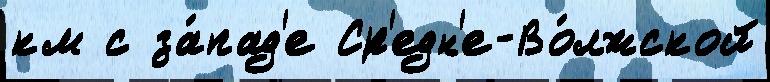
км с за́пад'е Ср'едн'е-Во́лжской